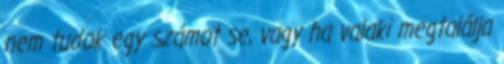
nem tudok egy számot se, vagy ha valaki megtalálja